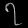
Digit: ၇